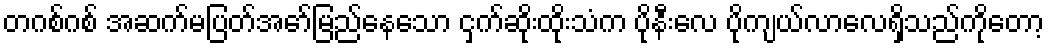
တဂစ်ဂစ် အဆက်မပြတ်အော်မြည်နေသော ငှက်ဆိုးထိုးသံက ပိုနီးလေ ပိုကျယ်လာလေရှိသည်ကိုတော့